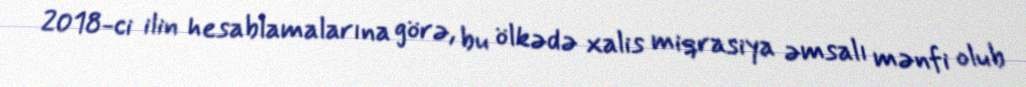
2018-ci ilin hesablamalarına görə, bu ölkədə xalis miqrasiya əmsalı mənfi olub